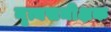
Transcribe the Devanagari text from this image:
नृत्यसमीक्षक